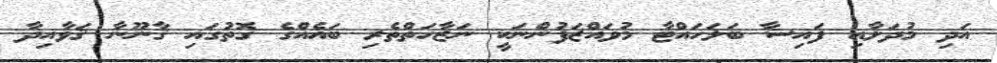
އަދި މުދަލާއި ފައިސާ ބަލަހައްޓާ މުވައްޒަފުންނަކީ ނަޒާހަތްތެރި ބައެއްގެ ގޮތުގައި ޤާނޫނާ ޤަވާއިދާ